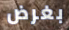
بغرض